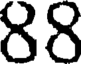
88